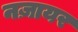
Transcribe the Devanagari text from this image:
नज़ायर